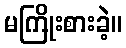
မကြိုးစားခဲ့။